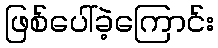
ဖြစ်ပေါ်ခဲ့ကြောင်း